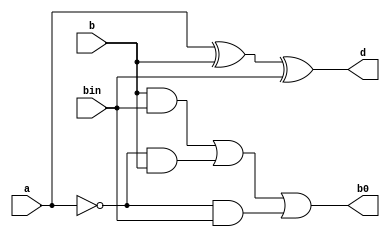
`timescale 1ns / 1ps
//////////////////////////////////////////////////////////////////////////////////
// Company: 
// Engineer: 
// 
// Design Name: 
// Module Name:    Fullsubtrator 
// Project Name: 
// Target Devices: 
// Tool versions: 
// Description: 
//
// Dependencies: 
//
// Revision: 
// Revision 0.01 - File Created
// Additional Comments: 
//
//////////////////////////////////////////////////////////////////////////////////
module Fullsubtrator(a,b,bin,d,b0);
	input a,b,bin;
	output d,b0;
	reg d,b0;
always @(a,b)
	begin
	d=a^b^bin;
	b0=(b&bin)|((~a)&b)|((~a)&bin);
	end
endmodule